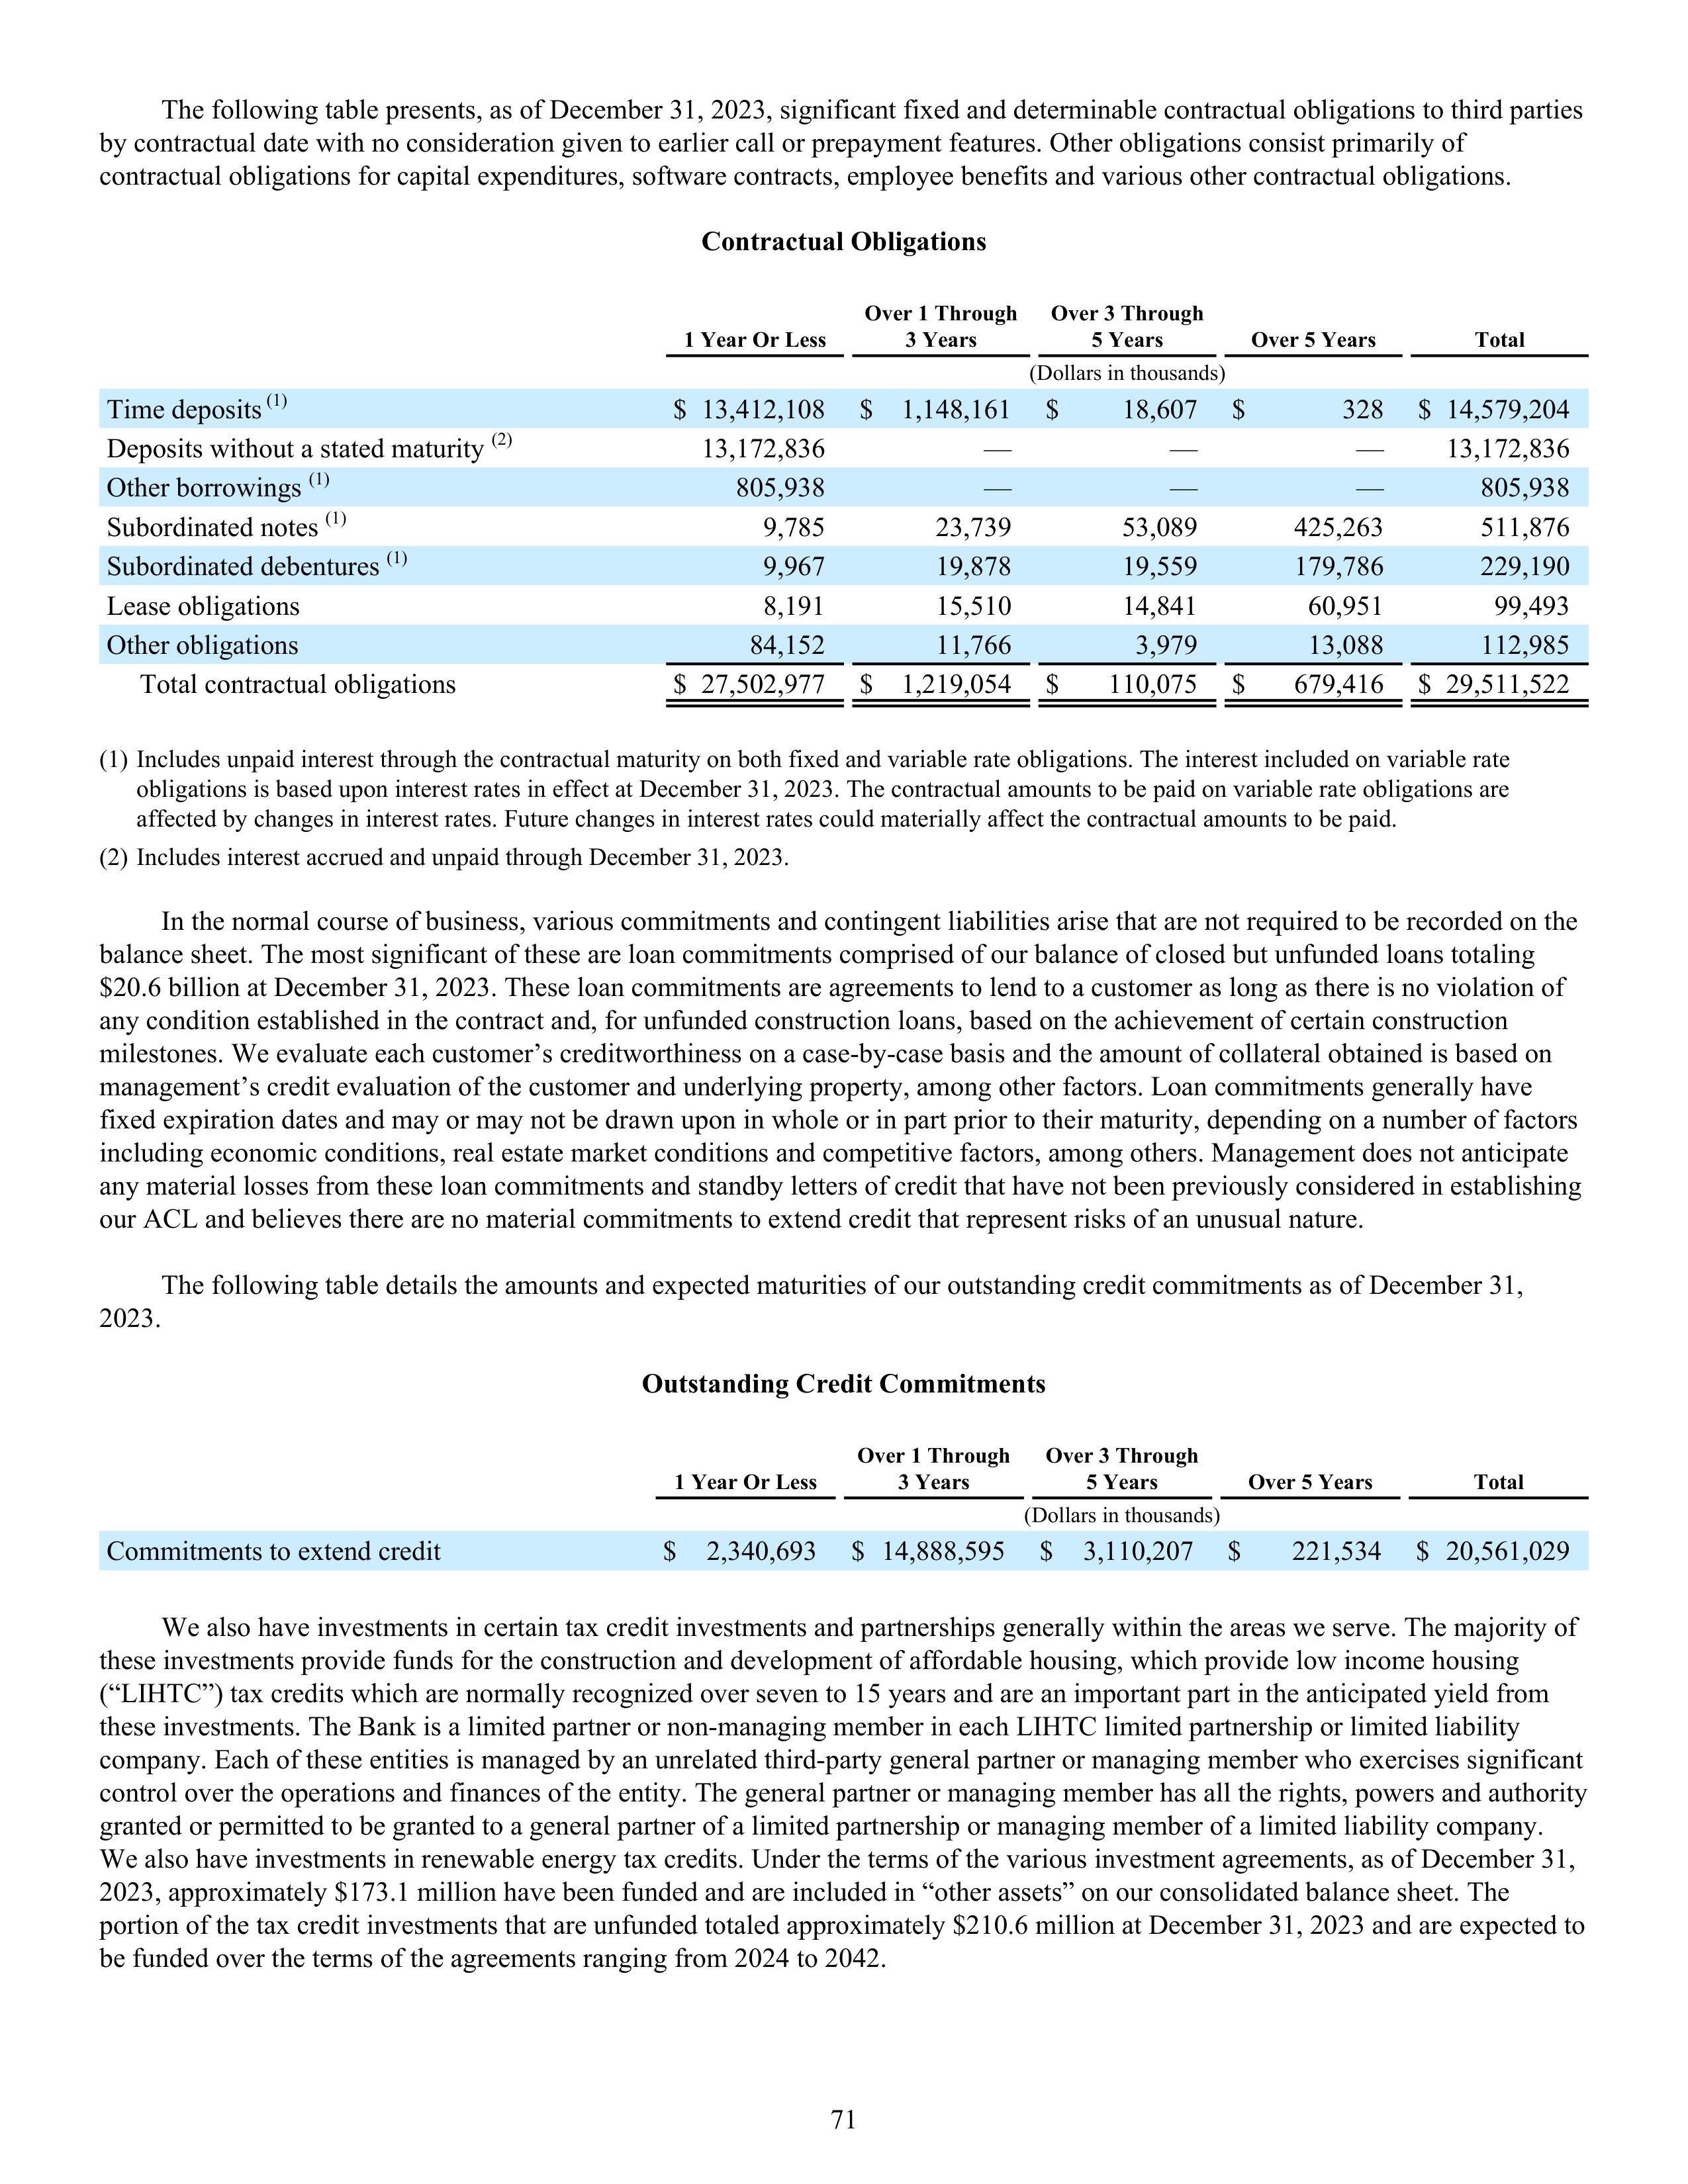
The following table presents, as of December 31, 2023, significant fixed and determinable contractual obligations to third parties
by contractual date with no consideration given to earlier call or prepayment features. Other obligations consist primarily of
contractual obligations for capital expenditures, software contracts, employee benefits and various other contractual obligations.

Contractual Obligations

                                                        Over 1 Through      Over 3 Through
                                    1 Year Or Less         3 Years            5 Years          Over 5 Years           Total
                                                                    (Dollars in thousands)
Time deposits (1)                   $ 13,412,108     $   1,148,161    $      18,607     $       328    $ 14,579,204
Deposits without a stated maturity (2)  13,172,836           —                —                 —          13,172,836
Other borrowings (1)                       805,938           —                —                 —             805,938
Subordinated notes (1)                       9,785        23,739           53,089           425,263          511,876
Subordinated debentures (1)                  9,967        19,878           19,559           179,786          229,190
Lease obligations                            8,191        15,510           14,841            60,951           99,493
Other obligations                           84,152        11,766            3,979            13,088          112,985
Total contractual obligations       $ 27,502,977     $   1,219,054    $     110,075     $     679,416   $ 29,511,522

(1) Includes unpaid interest through the contractual maturity on both fixed and variable rate obligations. The interest included on variable rate
obligations is based upon interest rates in effect at December 31, 2023. The contractual amounts to be paid on variable rate obligations are
affected by changes in interest rates. Future changes in interest rates could materially affect the contractual amounts to be paid.
(2) Includes interest accrued and unpaid through December 31, 2023.

In the normal course of business, various commitments and contingent liabilities arise that are not required to be recorded on the
balance sheet. The most significant of these are loan commitments comprised of our balance of closed but unfunded loans totaling
$20.6 billion at December 31, 2023. These loan commitments are agreements to lend to a customer as long as there is no violation of
any condition established in the contract and, for unfunded construction loans, based on the achievement of certain construction
milestones. We evaluate each customer's creditworthiness on a case-by-case basis and the amount of collateral obtained is based on
management's credit evaluation of the customer and underlying property, among other factors. Loan commitments generally have
fixed expiration dates and may or may not be drawn upon in whole or in part prior to their maturity, depending on a number of factors
including economic conditions, real estate market conditions and competitive factors, among others. Management does not anticipate
any material losses from these loan commitments and standby letters of credit that have not been previously considered in establishing
our ACL and believes there are no material commitments to extend credit that represent risks of an unusual nature.

The following table details the amounts and expected maturities of our outstanding credit commitments as of December 31,
2023.

Outstanding Credit Commitments

                                                        Over 1 Through      Over 3 Through
                                    1 Year Or Less         3 Years            5 Years          Over 5 Years           Total
                                                                    (Dollars in thousands)
Commitments to extend credit        $   2,340,693    $ 14,888,595    $   3,110,207     $     221,534   $ 20,561,029

We also have investments in certain tax credit investments and partnerships generally within the areas we serve. The majority of
these investments provide funds for the construction and development of affordable housing, which provide low income housing
("LIHTC") tax credits which are normally recognized over seven to 15 years and are an important part in the anticipated yield from
these investments. The Bank is a limited partner or non-managing member in each LIHTC limited partnership or limited liability
company. Each of these entities is managed by an unrelated third-party general partner or managing member who exercises significant
control over the operations and finances of the entity. The general partner or managing member has all the rights, powers and authority
granted or permitted to be granted to a general partner of a limited partnership or managing member of a limited liability company.
We also have investments in renewable energy tax credits. Under the terms of the various investment agreements, as of December 31,
2023, approximately $173.1 million have been funded and are included in "other assets" on our consolidated balance sheet. The
portion of the tax credit investments that are unfunded totaled approximately $210.6 million at December 31, 2023 and are expected to
be funded over the terms of the agreements ranging from 2024 to 2042.

71